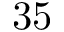
3 5